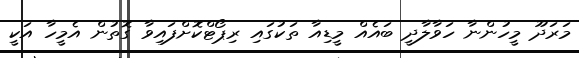
މަރަދޫ މީހުންނާ ހަވާލާދީ ބައެއް މީޑިއާ ތަކުގައި ރިޕޯޓްކޮށްފައިވާ ގޮތުން އެމީހާ އަކީ